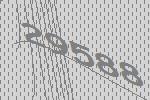
29588